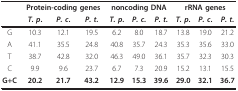
<table><thead><tr><td></td><td colspan="3"><b>Protein-coding genes</b></td><td colspan="3"><b>noncoding DNA</b></td><td colspan="3"><b>rRNA genes</b></td></tr><tr><td></td><td><b><i>T. p</i>.</b></td><td><b><i>P. c</i>.</b></td><td><b><i>P. t</i>.</b></td><td><b><i>T. p</i>.</b></td><td><b><i>P. c</i>.</b></td><td><b><i>P. t</i>.</b></td><td><b><i>T. p</i>.</b></td><td><b><i>P. c</i>.</b></td><td><b><i>P. t</i>.</b></td></tr></thead><tbody><tr><td>G</td><td>10.3</td><td>12.1</td><td>19.5</td><td>6.2</td><td>8.0</td><td>18.7</td><td>13.8</td><td>19.0</td><td>21.2</td></tr><tr><td>A</td><td>41.1</td><td>35.5</td><td>24.8</td><td>40.8</td><td>35.7</td><td>24.3</td><td>35.3</td><td>35.6</td><td>33.0</td></tr><tr><td>T</td><td>38.7</td><td>42.8</td><td>32.0</td><td>46.3</td><td>49.0</td><td>36.1</td><td>35.7</td><td>32.3</td><td>30.3</td></tr><tr><td>C</td><td>9.9</td><td>9.6</td><td>23.7</td><td>6.7</td><td>7.3</td><td>20.9</td><td>15.2</td><td>13.1</td><td>15.5</td></tr><tr><td><b>G+C</b></td><td><b>20.2</b></td><td><b>21.7</b></td><td><b>43.2</b></td><td><b>12.9</b></td><td><b>15.3</b></td><td><b>39.6</b></td><td><b>29.0</b></td><td><b>32.1</b></td><td><b>36.7</b></td></tr></tbody></table>